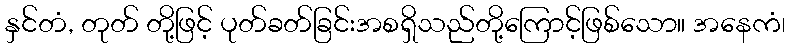
နှင်တံ, တုတ် တို့ဖြင့် ပုတ်ခတ်ခြင်းအစရှိသည်တို့ကြောင့်ဖြစ်သော။ အနေကံ၊